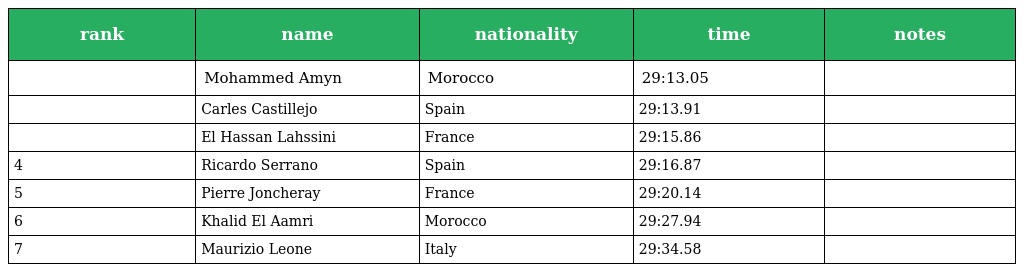
| rank | name | nationality | time | notes |
 | --- | --- | --- | --- | --- |
 |  | Mohammed Amyn | Morocco | 29:13.05 |  |
 |  | Carles Castillejo | Spain | 29:13.91 |  |
 |  | El Hassan Lahssini | France | 29:15.86 |  |
 | 4 | Ricardo Serrano | Spain | 29:16.87 |  |
 | 5 | Pierre Joncheray | France | 29:20.14 |  |
 | 6 | Khalid El Aamri | Morocco | 29:27.94 |  |
 | 7 | Maurizio Leone | Italy | 29:34.58 |  |